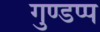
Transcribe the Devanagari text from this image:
गुण्डप्प